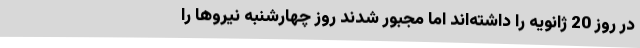
در روز 20 ژانویه را داشته‌اند اما مجبور شدند روز چهارشنبه نیروها را